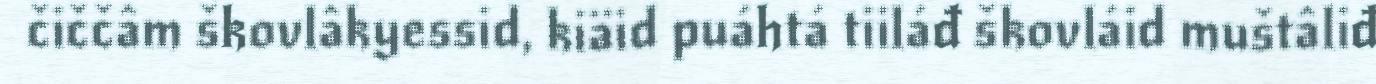
čiččâm škovlâkyessid, kiäid puáhtá tiiláđ škovláid muštâliđ